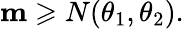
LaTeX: \mathbf{m}\geqslant N(\theta_{1},\theta_{2}).